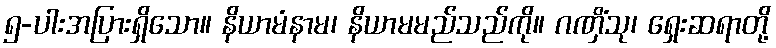
၅-ပါးအပြားရှိသော။ နိယာမံနာမ၊ နိယာမမည်သည်ကို။ ဂဏှိံသု၊ ရှေးဆရာတို့